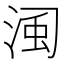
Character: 𣷋